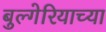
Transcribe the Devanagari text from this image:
बुल्गेरियाच्या